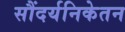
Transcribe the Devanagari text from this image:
सौंदर्यनिकेतन